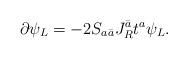
LaTeX: \begin{align*}\partial\psi_L=-2S_{a\bar a}J^{\bar a}_Rt^a\psi_L.\end{align*}